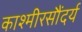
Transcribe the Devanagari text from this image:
काश्मीरसौंदर्य